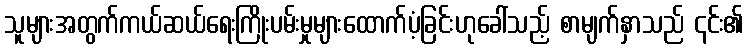
သူများအတွက်ကယ်ဆယ်ရေးကြိုးပမ်းမှုများထောက်ပံ့ခြင်းဟုခေါ်သည့် စာမျက်နှာသည် ၎င်း၏